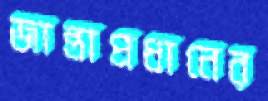
জান্তাপ্রধানের